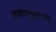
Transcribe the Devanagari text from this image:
सामवेदमुदाहरन्तीं